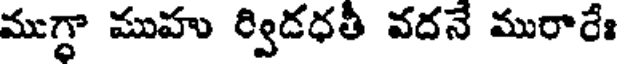
ముగ్ధా ముహు ర్విడధతీ వదనే మురారేః